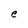
Character: e